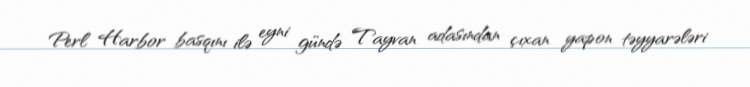
Perl Harbor basqını ilə eyni gündə Tayvan adasından çıxan yapon təyyarələri